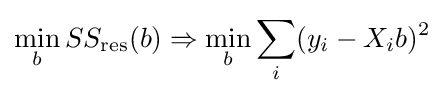
\min _{b}SS_{\text{res}}(b)\Rightarrow \min _{b}\sum _{i}(y_{i}-X_{i}b)^{2}